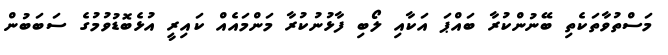
މަސްތުވާތަކެތި ބޭނުންކުރާ ބައްޕަ އަކާއި ލޯބި ފާޅުނުކުރާ މަންމައެއް ކައިރީ އުޅެބޮޑުވުމުގެ ސަބަބުން